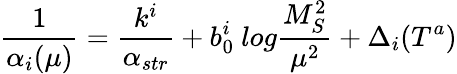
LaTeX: \frac{1}{\alpha_{i}(\mu)}=\frac{k^{i}}{\alpha_{str}}+b_{0}^{i}~log\frac{M_{S}^{2}}{\mu^{2}}+\Delta_{i}(T^{a})